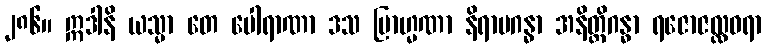
၂၈၆။ ဣဒါနိ ယသ္မာ တေ ပေါရာဏာ ဒသ ဗြာဟ္မဏာ နိရာမဂန္ဓာ အနိတ္ထိဂန္ဓာ ရဇောဇလ္လဓရာ